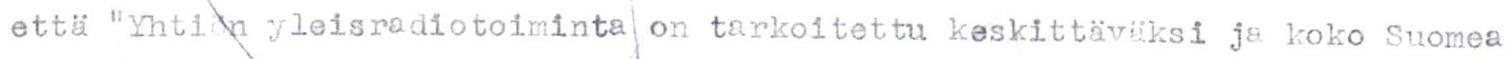
että "Yhtiön yleisradiotoiminta on tarkoitettu keskittäväksi ja koko Suomea